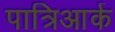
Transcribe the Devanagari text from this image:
पात्रिआर्क